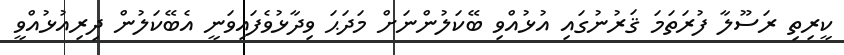
ކީރިތި ރަސޫލާ ފުރަތަމަ ޤަރުނުގައި އުޅުއްވި ބޭކަލުންނަށް މަދަޙަ ވިދާޅުވެފައިވަނީ އެބޭކަލުން ދިރިއުޅުއްވީ